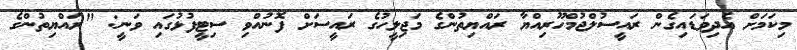
މިކަމަށް އެދިވަޑައިގެން ރައީސުލްޖުމްހޫރިއްޔާ ރައްޔިތުންގެ މަޖިލީހުގެ ރައީސަށް ފޮނުއްވި ސިޓީފުޅުގައި ވަނީ: "ރައްޔިތުންގެ